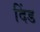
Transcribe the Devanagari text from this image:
दिंड